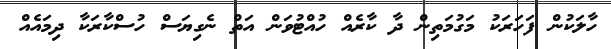
ހާލަކުން ފަހަރަކު މަގުމަތިން ދާ ކާރެއް ހުއްޓުވަން އަތް ނެގިޔަސް ހުސްކާރަކާ ދިމައެއް